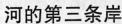
河的第三条岸